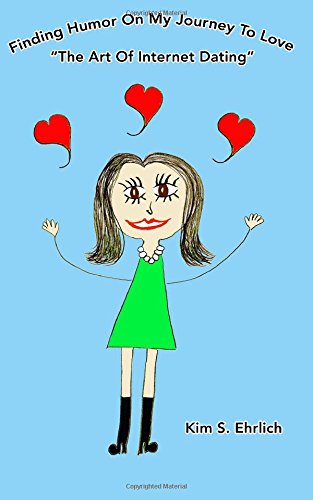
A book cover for FInding Humor On My Journey To Love, "The Art of Internet Dating"; Kim S. Ehrlich; Humor & Entertainment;